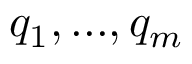
q _ { 1 } , . . . , q _ { m }